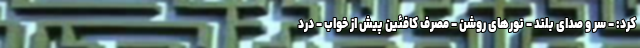
کرد: - سر و صدای بلند - نورهای روشن - مصرف کافئین پیش از خواب - درد